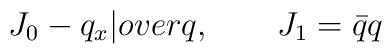
J_{0} - {q_{x}|over q},\qquad J_{1} = \bar{q} q